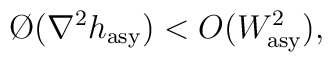
\O(\nabla^2h_{\rm asy})<O(W^2_{\rm asy}),